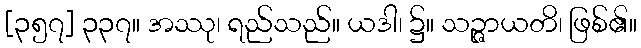
[၃၅၇] ၃၃၇။ အဿု၊ ရည်သည်။ ယဒါ၊ ၌။ သဉ္ဇာယတိ၊ ဖြစ်၏။